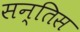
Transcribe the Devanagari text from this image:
सन्तिस